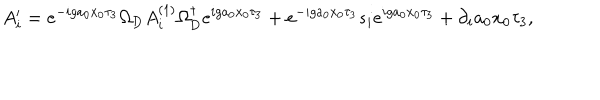
A _ { i } ^ { \prime } = e ^ { - i g a _ { 0 } x _ { 0 } \tau _ { 3 } } \Omega _ { \mathrm { D } } A _ { i } ^ { ( 1 ) } \Omega _ { \mathrm { D } } ^ { \dagger } e ^ { i g a _ { 0 } x _ { 0 } \tau _ { 3 } } + e ^ { - i g a _ { 0 } x _ { 0 } \tau _ { 3 } } s _ { i } e ^ { i g a _ { 0 } x _ { 0 } \tau _ { 3 } } + \partial _ { i } a _ { 0 } x _ { 0 } \tau _ { 3 } ,